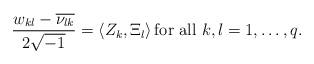
LaTeX: \begin{align*} \frac{w_{kl}-\overline{\nu_{lk}}}{2\sqrt{-1}}=\left<Z_{k},\Xi_{l}\right> \mbox{for all $k,l=1,\dots,q$.} \end{align*}